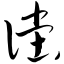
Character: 傥